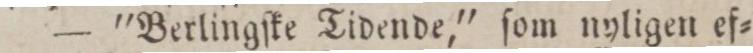
— ”Berlingſke Tidende,” ſom nyligen ef=